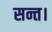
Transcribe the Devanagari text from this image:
सन्त।